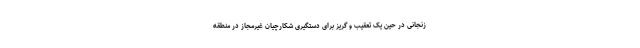
زنجانی در حین یک تعقیب و گریز برای دستگیری شکارچیان غیرمجاز در منطقه